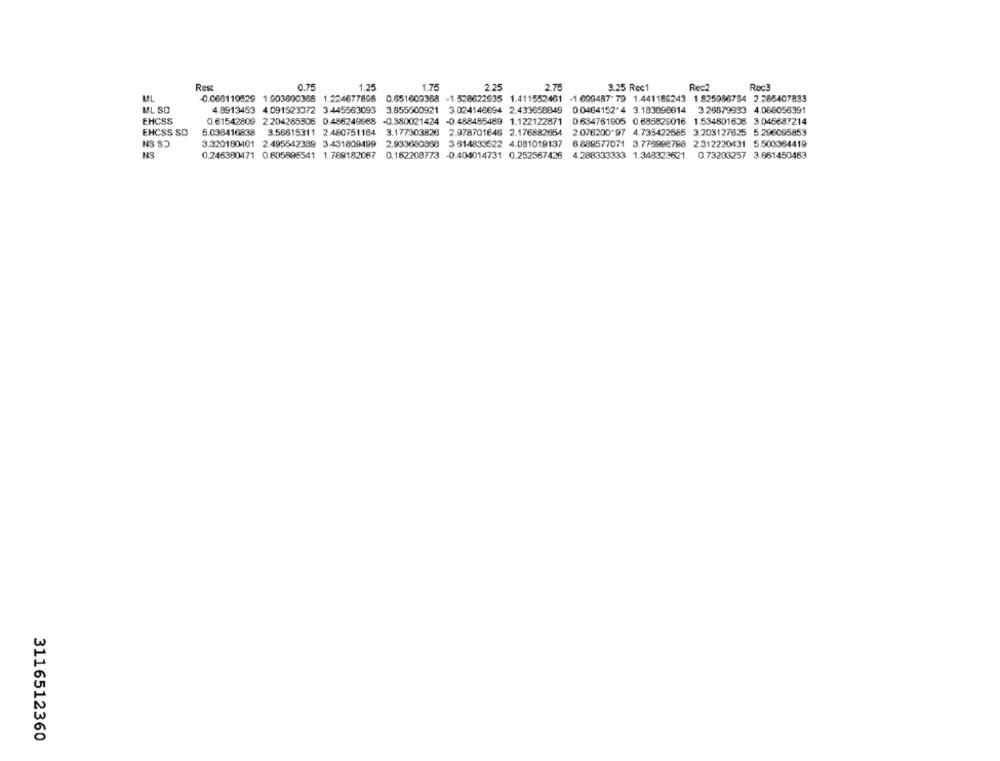
Rest
0.75
1.25
1.75
2.25
2.75
3.25 Rec1
Rec
RecÊ
MIL
0.066119529 1.903690368 1.224677895
0.651609368
-1.528622935 1.411552461 -1.699487.79 1.441186243 1.825986754 2.285407833
ML SD
4.8913453 4.091523372 3.445563093
3.855500921 3.024146694 2.433658849 0.0464152*4 3.183898614 3.26879993 4.068056391
EHCSS
0.61542809 2.204285506 0.486249968
-0.380021424 -0.488455489 1.122122871
0.634761905 0.685829016 1.534601608 3.045687214
EHCSS SD
5.038416838 3.56615311 2.480751184
3.177303828 2.978701646 2.176882654
2 076200 97 4.735422585 3.203127625 5.296095853
NS S
3.320180401 2.495542389 3.431809499
2.933680968 3.514833522 4.081019137
8.888577071 3.776998798 2.312220431 5.503364419
NS
0.246390471 0.605896541 1.789182067 0.162208773 -0.404014731 0.252567426
4 288333333 1.348323621
0.73203257 3.861450463
3116512360